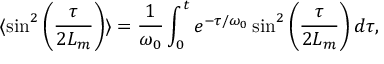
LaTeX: \langle \sin ^ { 2 } \left( { \frac { \tau } { 2 L _ { m } } } \right) \rangle = { \frac { 1 } { \omega _ { 0 } } } \int _ { 0 } ^ { t } e ^ { - \tau / \omega _ { 0 } } \sin ^ { 2 } \left( { \frac { \tau } { 2 L _ { m } } } \right) d \tau ,